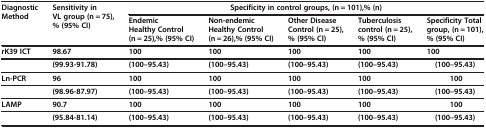
<table><thead><tr><td rowspan="2"><b>Diagnostic Method</b></td><td rowspan="2"><b>Sensitivity in VL group (n = 75),%(95%CI)</b></td><td colspan="5"><b>Specificity in control groups, (n = 101),%(n)</b></td></tr><tr><td><b>Endemic Healthy Control (n = 25),%(95%CI)</b></td><td><b>Non-endemic Healthy Control (n = 26),%(95%CI)</b></td><td><b>Other Disease Control (n = 25),%(95%CI)</b></td><td><b>Tuberculosis control (n = 25),%(95%CI)</b></td><td><b>Specificity Total group, (n = 101),%(95%CI)</b></td></tr></thead><tbody><tr><td><b>rK39 ICT</b></td><td><b>98.67</b></td><td><b>100</b></td><td><b>100</b></td><td><b>100</b></td><td><b>100</b></td><td><b>100</b></td></tr><tr><td> </td><td><b>(99.93-91.78)</b></td><td><b>(100–95.43)</b></td><td><b>(100–95.43)</b></td><td><b>(100–95.43)</b></td><td><b>(100–95.43)</b></td><td><b>(100–95.43)</b></td></tr><tr><td><b>Ln-PCR</b></td><td><b>96</b></td><td><b>100</b></td><td><b>100</b></td><td><b>100</b></td><td><b>100</b></td><td><b>100</b></td></tr><tr><td> </td><td><b>(98.96-87.97)</b></td><td><b>(100–95.43)</b></td><td><b>(100–95.43)</b></td><td><b>(100–95.43)</b></td><td><b>(100–95.43)</b></td><td><b>(100–95.43)</b></td></tr><tr><td><b>LAMP</b></td><td><b>90.7</b></td><td><b>100</b></td><td><b>100</b></td><td><b>100</b></td><td><b>100</b></td><td><b>100</b></td></tr><tr><td> </td><td><b>(95.84-81.14)</b></td><td><b>(100–95.43)</b></td><td><b>(100–95.43)</b></td><td><b>(100–95.43)</b></td><td><b>(100–95.43)</b></td><td><b>(100–95.43)</b></td></tr></tbody></table>